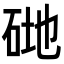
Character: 𥒦